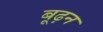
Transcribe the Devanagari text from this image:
बूढ़न